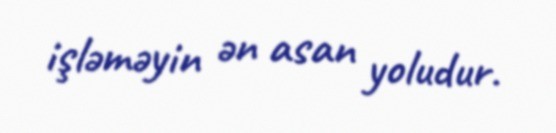
işləməyin ən asan yoludur.